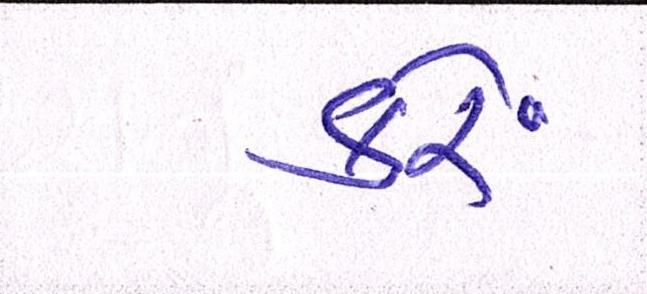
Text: કરેં